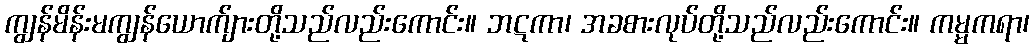
ကျွန်မိန်းမကျွန်ယောက်ျားတို့သည်လည်းကောင်း။ ဘဋကာ၊ အခစားလုပ်တို့သည်လည်းကောင်း။ ကမ္မကရာ၊